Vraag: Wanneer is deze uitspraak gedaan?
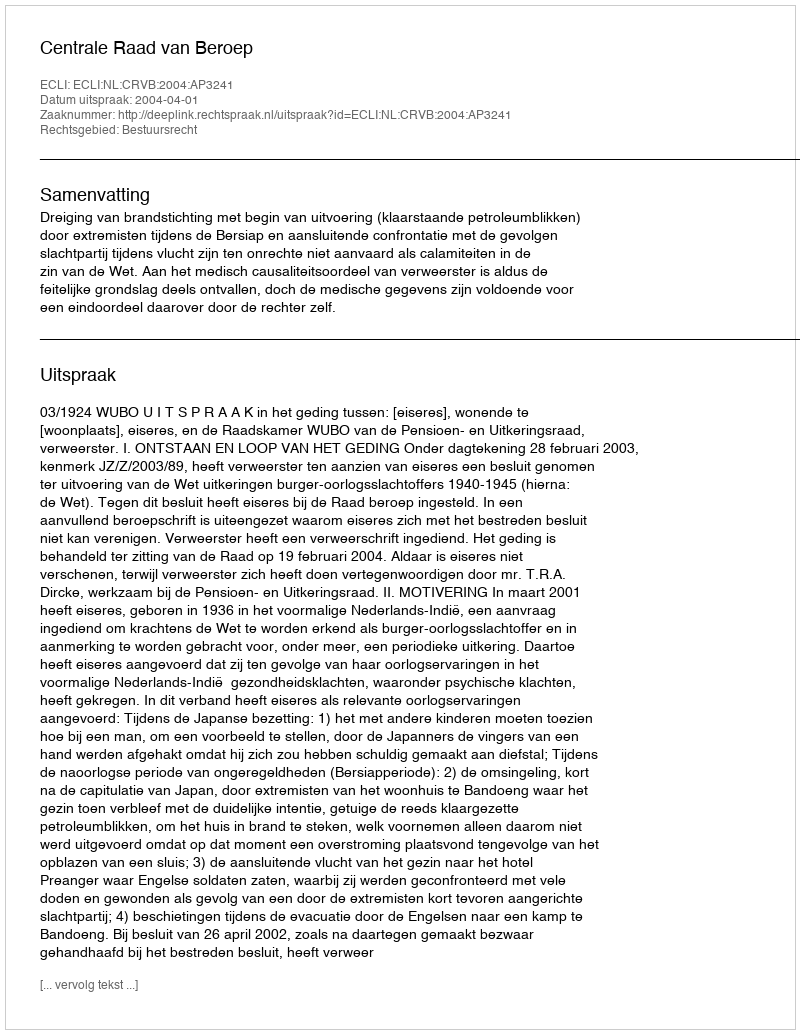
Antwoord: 2004-04-01